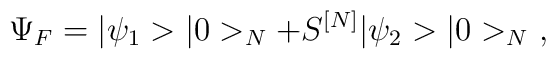
\Psi_F = \vert \psi_1> \vert 0>_N  + S^{[N]}  \vert \psi_2> \vert 0>_N \ ,